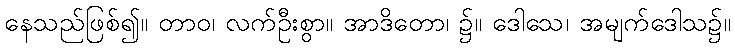
နေသည်ဖြစ်၍။ တာဝ၊ လက်ဦးစွာ။ အာဒိတော၊ ၌။ ဒေါသေ၊ အမျက်ဒေါသ၌။